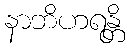
နာဘိဟရန္တိ